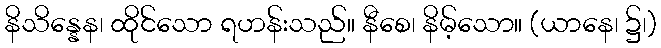
နိသိန္နေန၊ ထိုင်သော ရဟန်းသည်။ နီစေ၊ နိမ့်သော။ (ယာနေ၊ ၌၊)